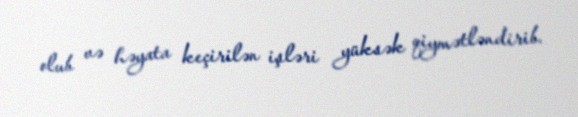
olub və həyata keçirilən işləri yüksək qiymətləndirib.